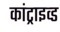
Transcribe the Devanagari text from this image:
कांट्राइव्ड